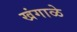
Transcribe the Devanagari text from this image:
खंगाळे